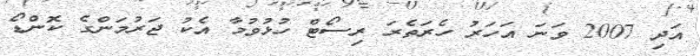
އަދި 2007 ވަނަ އަހަރު ހެރަތެރަ ރިސޯޓް ހުޅުވުމާ އެކު ޖަރުމަންގެ ކޮންޑޯ